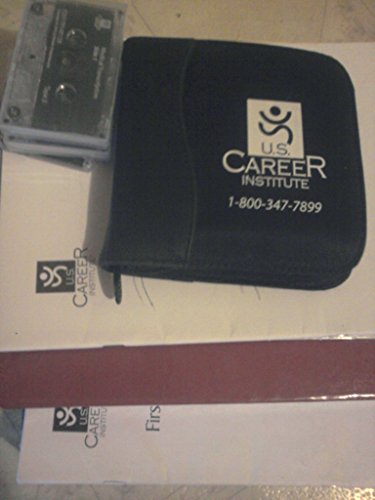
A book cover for Medical transcription made easy: The complete home study course; Mary Park-Youhanaie; Medical Books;